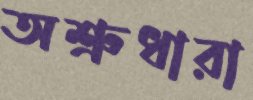
অশ্রুধারা